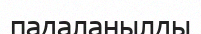
падаланылды